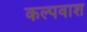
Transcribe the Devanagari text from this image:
कल्पवाश